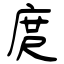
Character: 庹